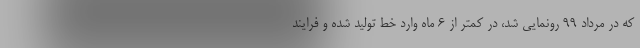
که در مرداد ۹۹ رونمایی شد، در کمتر از ۶ ماه وارد خط تولید شده و فرایند